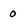
Character: 0